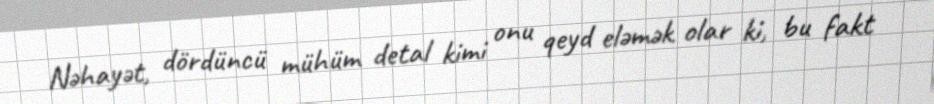
Nəhayət, dördüncü mühüm detal kimi onu qeyd eləmək olar ki, bu fakt